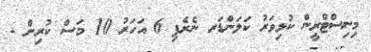
މިނިސްޓްރީން ކުޅިވަރު ކަލަންޑަރ ނެރެފި 6 އަހަރު 10 މަސް ކުރިން -